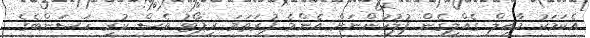
އެކަމަކު މާއިލް ގެއްލިގެން ފުލުހުންނަށް އެންމެ ފުރަތަމަ ރިޕޯޓު ވެސް ކުރި ހަސަންބެގެ